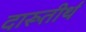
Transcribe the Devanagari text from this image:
दारूतीर्थ